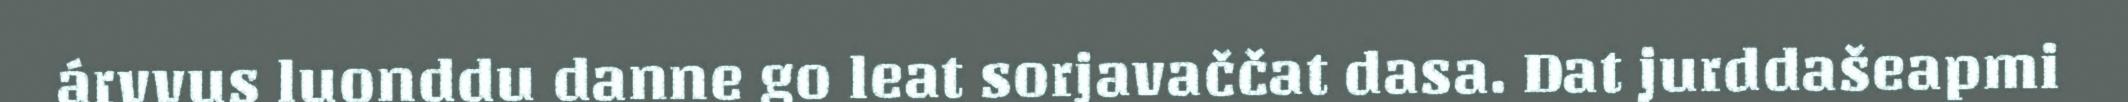
árvvus luonddu danne go leat sorjavaččat dasa. Dat jurddašeapmi